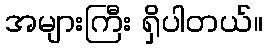
အများကြီး ရှိပါတယ်။